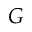
G